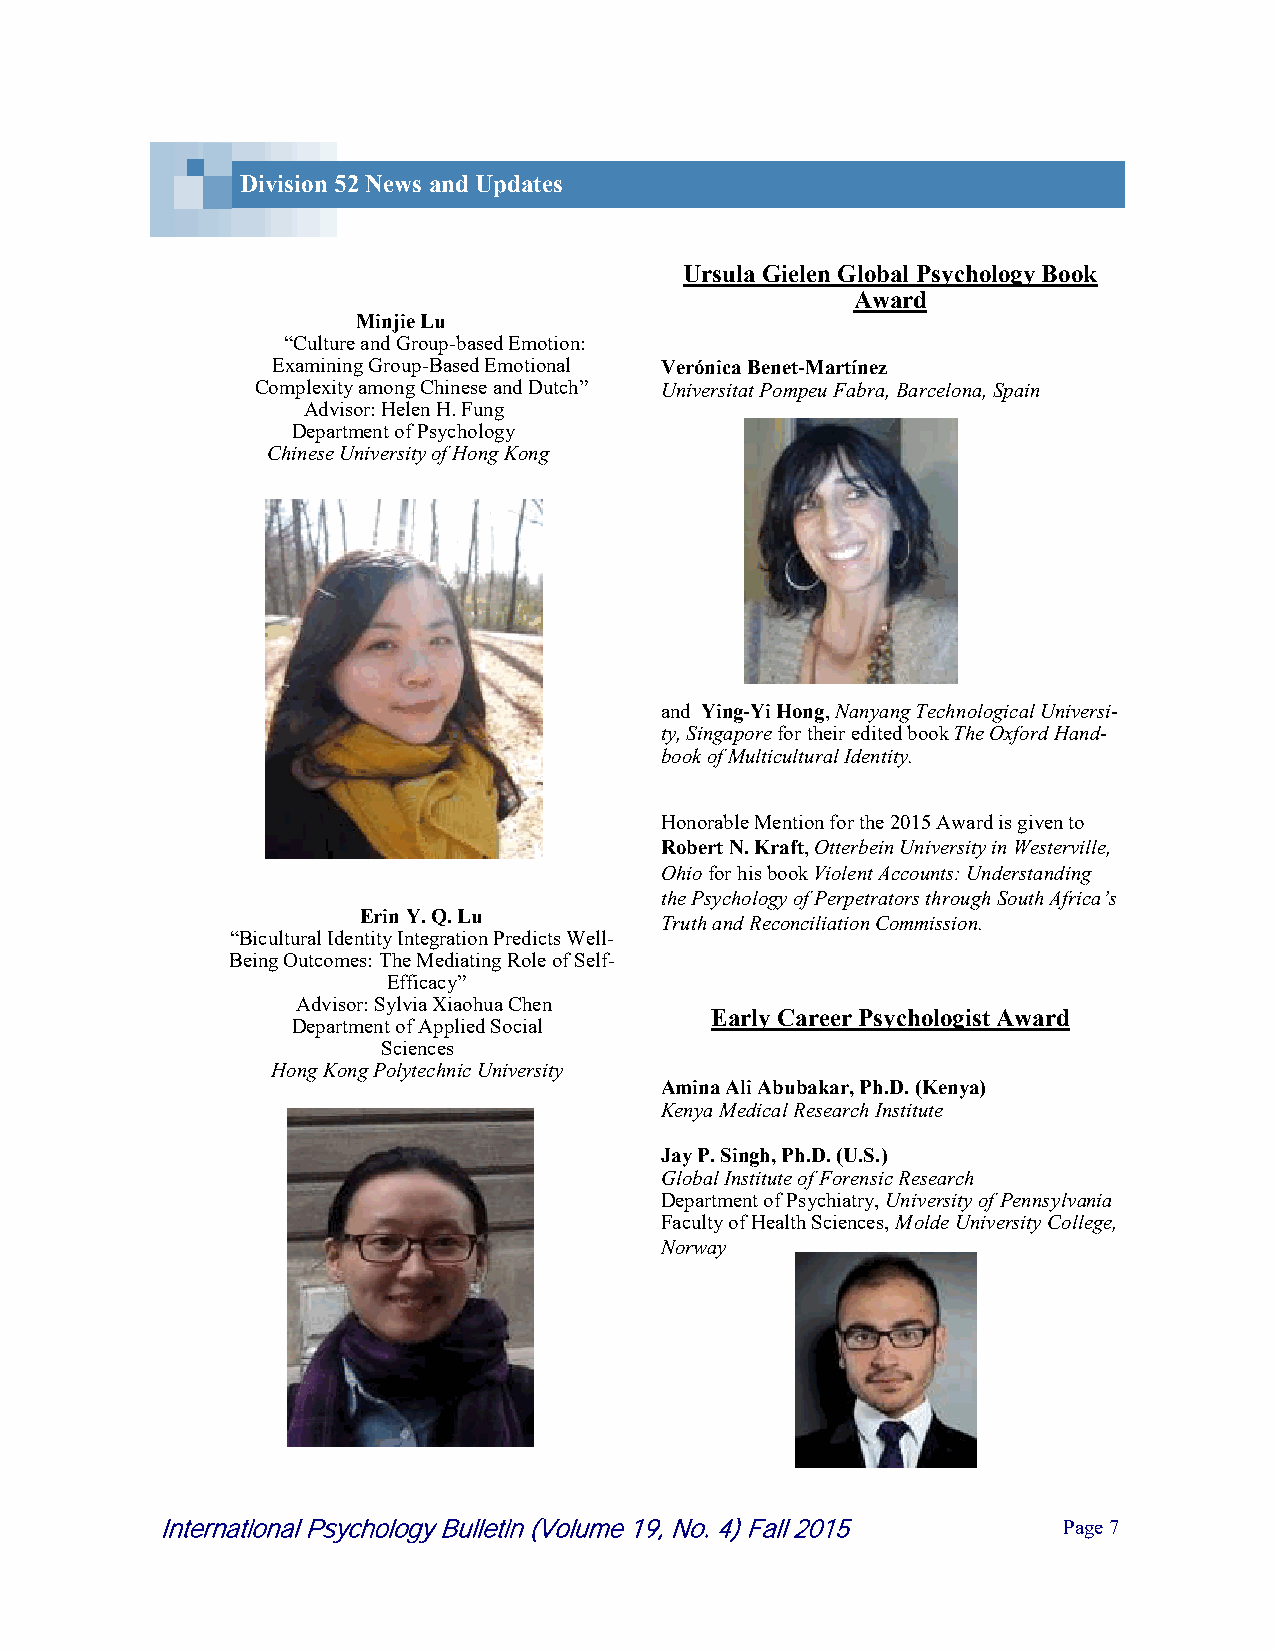
Division 52 News and Updates
 Ursula Gielen Global Psychology Book
 Award
 Minjie Lu
 “Culture and Group-based Emotion:
 Examining Group-Based Emotional Verónica Benet-Martínez
 Complexity among Chinese and Dutch” Universitat Pompeu Fabra, Barcelona, Spain
 Advisor: Helen H. Fung
 Department of Psychology
 Chinese University of Hong Kong
 and Ying-Yi Hong, Nanyang Technological Universi-
 ty, Singapore for their edited book The Oxford Hand-
 book of Multicultural Identity.
 Honorable Mention for the 2015 Award is given to
 Robert N. Kraft, Otterbein University in Westerville,
 Ohio for his book Violent Accounts: Understanding
 the Psychology of Perpetrators through South Africa’s
 Erin Y. Q. Lu
 Truth and Reconciliation Commission.
 “Bicultural Identity Integration Predicts Well-
 Being Outcomes: The Mediating Role of Self-
 Efficacy”
 Advisor: Sylvia Xiaohua Chen
 Early Career Psychologist Award
 Department of Applied Social
 Sciences
 Hong Kong Polytechnic University
 Amina Ali Abubakar, Ph.D. (Kenya)
 Kenya Medical Research Institute
 Jay P. Singh, Ph.D. (U.S.)
 Global Institute of Forensic Research
 Department of Psychiatry, University of Pennsylvania
 Faculty of Health Sciences, Molde University College,
 Norway
 International Psychology Bulletin (Volume 19, No. 4) Fall 2015 P a g e 7